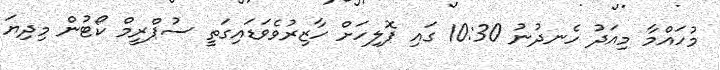
މުހައްމާ މިއަދު ހެނދުނު 10:30 ގައި ޕޮލިހަށް ހާޒިރުވެވަޑައިގަތީ ސުޕްރީމް ކޯޓުން މިދިޔަ